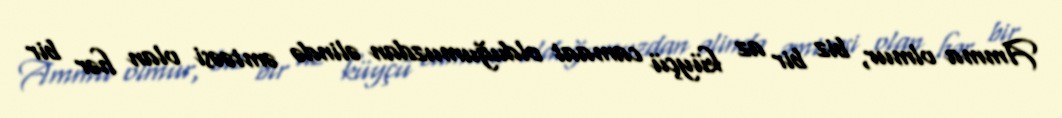
Amma olmur, biz bir az küyçü camaat olduğumuzdan əlində əmtəəsi olan hər bir